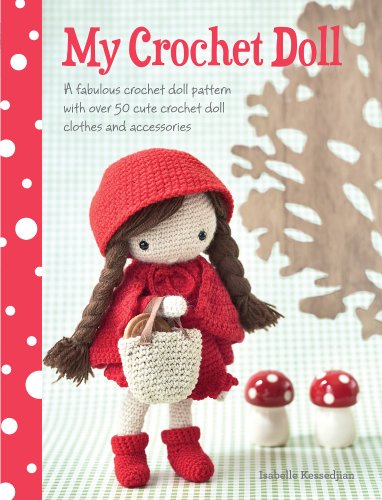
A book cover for My Crochet Doll: A Fabulous Crochet Doll Pattern with Over 50 Cute Crochet Doll's Clothes & Accessories; Isabelle Kessdjian; Crafts, Hobbies & Home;